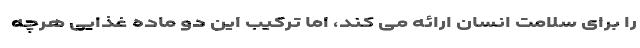
را برای سلامت انسان ارائه می کند، اما ترکیب این دو ماده غذایی هرچه